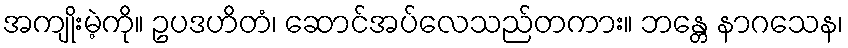
အကျိုးမဲ့ကို။ ဥပဒဟိတံ၊ ဆောင်အပ်လေသည်တကား။ ဘန္တေ နာဂသေန၊